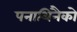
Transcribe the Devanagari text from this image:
पनाथिनैको